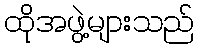
ထိုအဖွဲ့များသည်